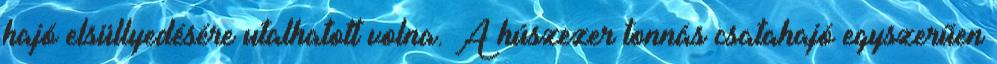
hajó elsüllyedésére utalhatott volna. A húszezer tonnás csatahajó egyszerűen